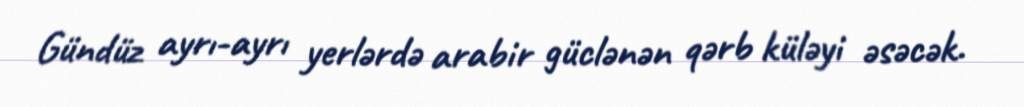
Gündüz ayrı-ayrı yerlərdə arabir güclənən qərb küləyi əsəcək.